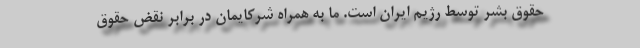
حقوق بشر توسط رژیم ایران است. ما به همراه شرکایمان در برابر نقض حقوق